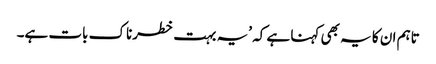
تاہم ان کا یہ بھی کہنا ہے کہ ’یہ بہت خطرناک بات ہے۔